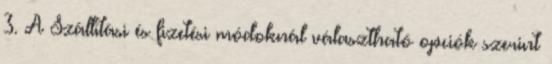
3. A Szállítási és fizetési módoknál választható opciók szerint